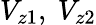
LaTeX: V_{z1},\ V_{z2}